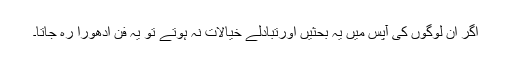
اگر ان لوگوں کی آپس میں یہ بحثیں اورتبادلے خیالات نہ ہوتے تو یہ فن ادھورا رہ جاتا۔